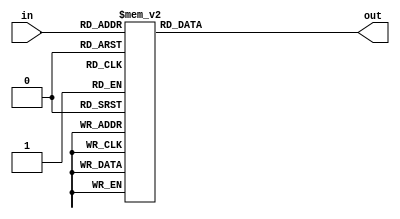
module decoder_3x8(
in,
out);

	input [2:0] in;
	output reg [7:0] out;

	always@(*)
	begin
		case(in)
			3'b000: out = 8'b1111_1110;
			3'b001: out = 8'b1111_1101;
			3'b010: out = 8'b1111_1011;
			3'b011: out = 8'b1111_0111;
			3'b100: out = 8'b1110_1111;
			3'b101: out = 8'b1101_1111;
			3'b110: out = 8'b1011_1111;
			3'b111: out = 8'b0111_1111;
			default: out = 8'b1111_1111;
		endcase
	end

endmodule